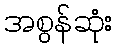
အစွန်ဆုံး